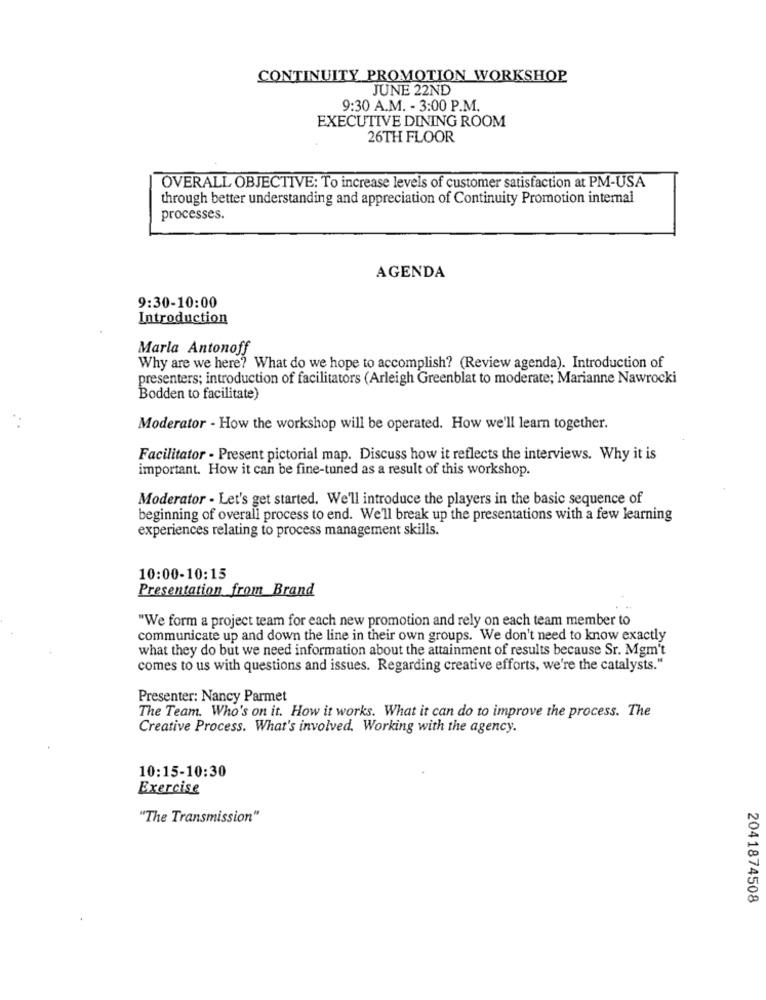
CONTINUITY PROMOTION WORKSHOP
JUNE 22ND
9:30 A.M. - 3:00 P.M.
EXECUTIVE DINING ROOM
26TH FLOOR
OVERALL OBJECTIVE: To increase levels of customer satisfaction at PM-USA
through better understanding and appreciation of Continuity Promotion internal
processes.
AGENDA
9:30-10:00
Introduction
Marla Antonoff
Why are we here? What do we hope to accomplish? (Review agenda). Introduction of
presenters; introduction of facilitators (Arleigh Greenblat to moderate; Marianne Nawrocki
Bodden to facilitate)
Moderator - How the workshop will be operated. How we'll learn together.
Facilitator - Present pictorial map. Discuss how it reflects the interviews. Why it is
important. How it can be fine-tuned as a result of this workshop.
Moderator - Let's get started. We'll introduce the players in the basic sequence of
beginning of overall process to end. We'll break up the presentations with a few learning
experiences relating to process management skills.
10:00-10:15
Presentation from Brand
"We form a project team for each new promotion and rely on each team member to
communicate up and down the line in their own groups. We don't need to know exactly
what they do but we need information about the attainment of results because Sr. Mgm't
comes to us with questions and issues. Regarding creative efforts, we're the catalysts."
Presenter: Nancy Parmet
The Team. Who's on it. How it works. What it can do to improve the process. The
Creative Process. What's involved. Working with the agency.
10:15-10:30
Exercise
"The Transmission"
2041874508